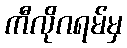
ကီလိုဂရမ်မှ